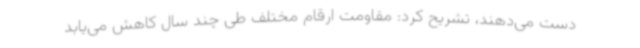
دست می‌دهند، تشریح کرد: مقاومت ارقام مختلف طی چند سال کاهش می‌یابد